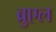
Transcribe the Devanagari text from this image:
ब्रुएल